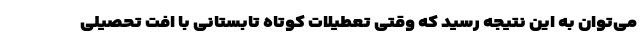
می‌توان به این نتیجه رسید که وقتی تعطیلات کوتاه تابستانی با افت تحصیلی